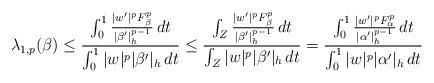
LaTeX: \begin{align*}\lambda_{1,p}(\beta) \le \frac{ \int_0^1 \frac{| w' |^p F_\beta^p}{|\beta'|_h^{p-1}} \,dt}{\int_0^1 | w |^p |\beta'|_h \,dt}\le \frac{ \int_Z \frac{| w' |^p F_\beta^p}{|\beta'|_h^{p-1}} \,dt}{\int_Z | w |^p |\beta'|_h \,dt}= \frac{ \int_0^1 \frac{| w' |^p F_\alpha^p}{|\alpha'|_h^{p-1}} \,dt}{\int_0^1 | w |^p |\alpha'|_h \,dt}\end{align*}